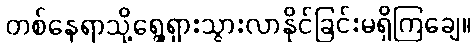
တစ်နေရာသို့ရွေ့ရှားသွားလာနိုင်ခြင်းမရှိကြချေ။